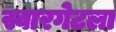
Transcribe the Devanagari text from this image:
स्वारगेटला